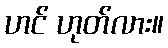
ဟင် ဟုတ်လား။